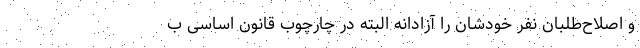
و اصلاح‌طلبان نفر خودشان را آزادانه البته در چارچوب قانون اساسی ب